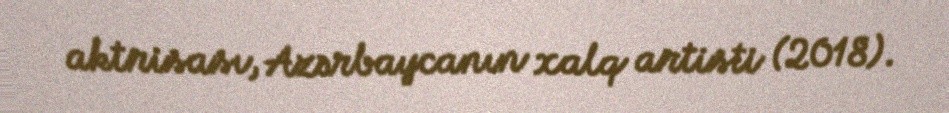
aktrisası, Azərbaycanın xalq artisti (2018).